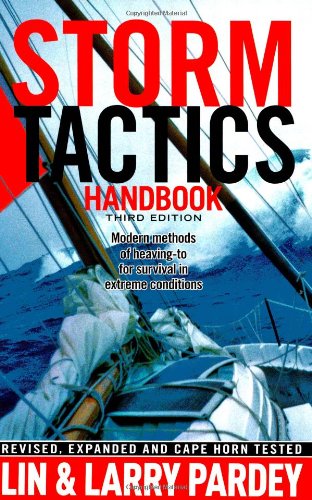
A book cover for Storm Tactics Handbook: Modern Methods of Heaving-to for Survival in Extreme Conditions, 3rd Edition; Lin Pardey; Science & Math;